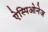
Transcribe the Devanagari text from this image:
ऐस्पिओनेज